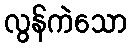
လွန်ကဲသော